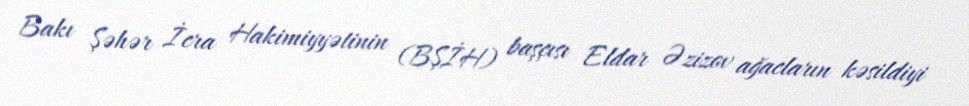
Bakı Şəhər İcra Hakimiyyətinin (BŞİH) başçısı Eldar Əzizov ağacların kəsildiyi